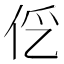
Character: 𰁭